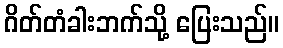
ဂိတ်တံခါးဘက်သို့ ပြေးသည်။